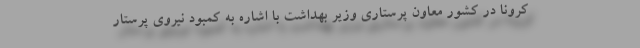
کرونا در کشور معاون پرستاری وزیر بهداشت با اشاره به کمبود نیروی پرستار